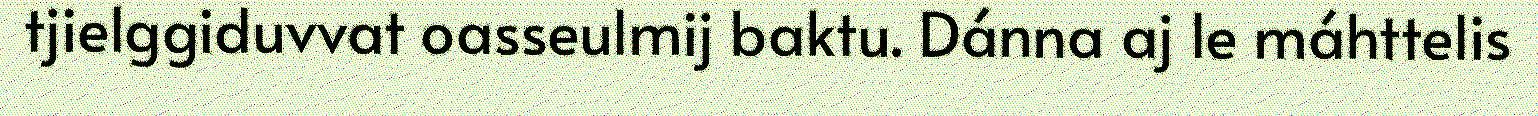
tjielggiduvvat oasseulmij baktu. Dánna aj le máhttelis